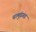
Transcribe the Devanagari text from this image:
चामुंडगड